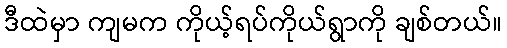
ဒီထဲမှာ ကျမက ကိုယ့်ရပ်ကိုယ်ရွာကို ချစ်တယ်။